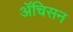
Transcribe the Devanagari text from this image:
ॲचिसन